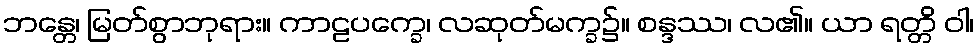
ဘန္တေ၊ မြတ်စွာဘုရား။ ကာဠပက္ခေ၊ လဆုတ်မက္ခ၌။ စန္ဒဿ၊ လ၏။ ယာ ရတ္တိ ဝါ၊